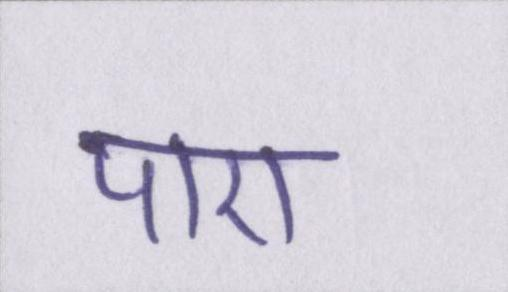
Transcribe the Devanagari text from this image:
पाए